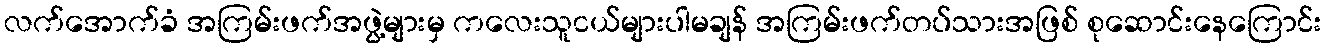
လက်အောက်ခံ အကြမ်းဖက်အဖွဲ့များမှ ကလေးသူငယ်များပါမချန် အကြမ်းဖက်တပ်သားအဖြစ် စုဆောင်းနေကြောင်း